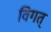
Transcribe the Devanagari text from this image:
विगत्